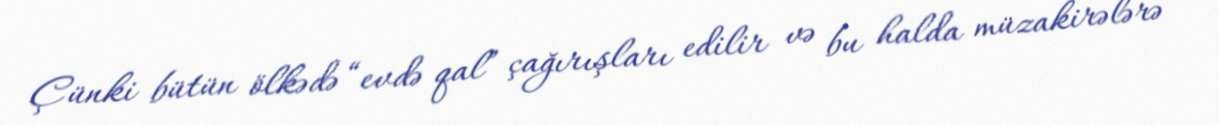
Çünki bütün ölkədə “evdə qal” çağırışları edilir və bu halda müzakirələrə